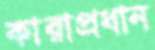
কারাপ্রধান